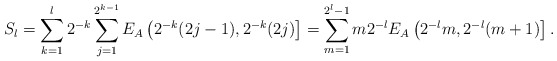
\begin{align*}S_l = \sum_{k=1}^{l}2^{-k} \sum_{j=1}^{2^{k-1}} E_A\left(2^{-k}(2j-1),2^{-k}(2j)\right] = \sum_{m=1}^{2^l-1} m2^{-l}E_A\left(2^{-l}m,2^{-l}(m+1)\right].\end{align*}